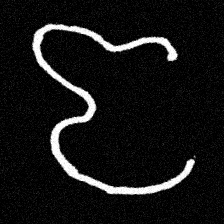
Pyu character \u2014 Myanmar letter: ဇ (romanized: ja)